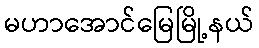
မဟာအောင်မြေမြို့နယ်